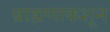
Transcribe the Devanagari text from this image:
ब्राह्मणाकशून